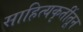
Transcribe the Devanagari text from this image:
साहित्यकृतींतून